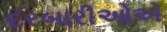
દરબારીઓએ